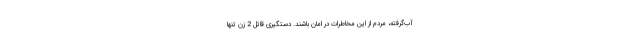
آب‌گرفته، مردم از این مخاطرات در امان باشند. دستگیری قاتل 2 زن تنها